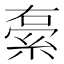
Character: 𮈓